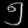
Digit: ၅